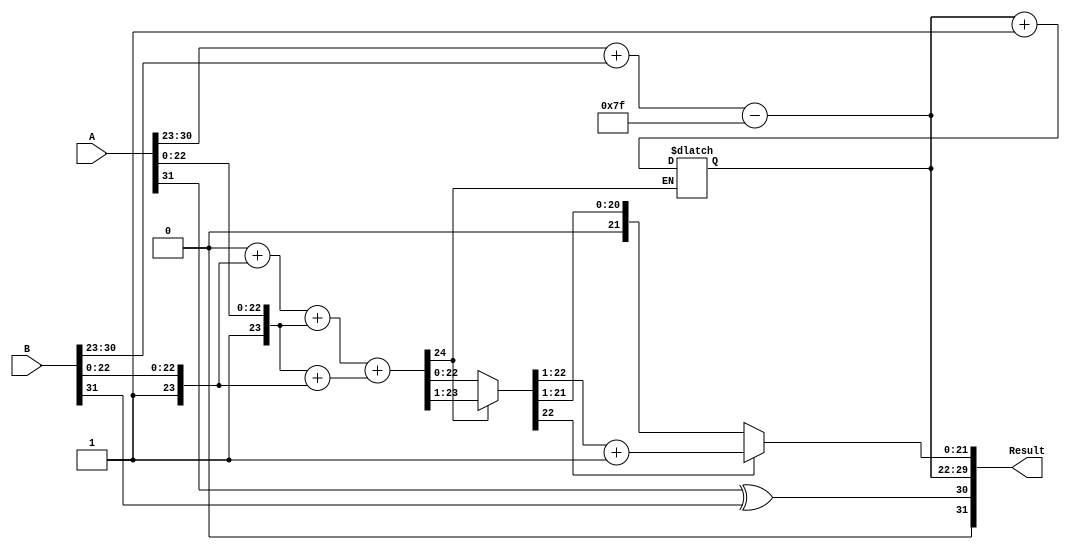
module radix4_fp_multiplier #(
    parameter E = 8, // Number of exponent bits
    parameter M = 23 // Number of mantissa bits
)(
    input wire [E + M + 1 - 1:0] A, // Floating-point operand A
    input wire [E + M + 1 - 1:0] B, // Floating-point operand B
    output reg [E + M + 1 - 1:0] Result // Floating-point result
);

    // Internal signals
    wire sign_A, sign_B, sign_result;
    wire [E - 1:0] exponent_A, exponent_B, exponent_result;
    wire [M:0] mantissa_A, mantissa_B; // m bits + 1 implied bit
    wire [M:0] raw_product;
    wire [M + 1:0] partial_product[0:3]; // 4 partial products
    wire [M + 1:0] sum; // Sum of partial products
    wire [M + 1:0] normalized_mantissa;
    
    // Bias for exponent
    localparam BIAS = (1 << (E - 1)) - 1;

    // Extract fields
    assign sign_A = A[E + M];
    assign exponent_A = A[E + M - 1:E + M - 1 - E + 1];
    assign mantissa_A = {1'b1, A[M - 1:0]}; // Add implied leading bit

    assign sign_B = B[E + M];
    assign exponent_B = B[E + M - 1:E + M - 1 - E + 1];
    assign mantissa_B = {1'b1, B[M - 1:0]}; // Add implied leading bit

    // Calculate sign of result
    assign sign_result = sign_A ^ sign_B;

    // Calculate exponent of result
    assign exponent_result = exponent_A + exponent_B - BIAS;

    // Radix-4 multiplication
    assign partial_product[0] = 0; // 00 -> 0
    assign partial_product[1] = mantissa_B; // 01 -> B
    assign partial_product[2] = mantissa_A; // 10 -> A
    assign partial_product[3] = mantissa_A + mantissa_B; // 11 -> A + B

    // Sum partial products (simple adder example)
    assign sum = 
        partial_product[0] + 
        partial_product[1] + 
        partial_product[2] + 
        partial_product[3];

    // Normalization of result (simplified example)
    always @(*) begin
        if (sum[M + 1] == 1) begin
            // Shift right if overflow
            normalized_mantissa = sum >> 1; 
            exponent_result = exponent_result + 1; // Adjust exponent
        end else begin
            normalized_mantissa = sum;
        end
    end

    // Rounding (simple round to nearest even)
    always @(*) begin
        if (normalized_mantissa[M - 1] == 1) begin
            // Round up if the last bit of mantissa is 1
            Result = {sign_result, exponent_result, normalized_mantissa[M - 1:1] + 1'b1};
        end else begin
            Result = {sign_result, exponent_result, normalized_mantissa[M - 1:1]};
        end
    end

endmodule